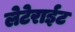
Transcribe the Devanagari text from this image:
लेटेराईट